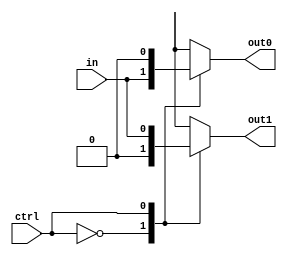
module demux_1to2 (
  input wire in,
  input wire ctrl,
  output reg out0,
  output reg out1
);

always @(*) begin
  case(ctrl)
    0: begin
      out0 = in;
      out1 = 1'b0;
    end
    1: begin
      out0 = 1'b0;
      out1 = in;
    end
    default: begin
      out0 = 1'b0;
      out1 = 1'b0;
    end
  endcase
end

endmodule